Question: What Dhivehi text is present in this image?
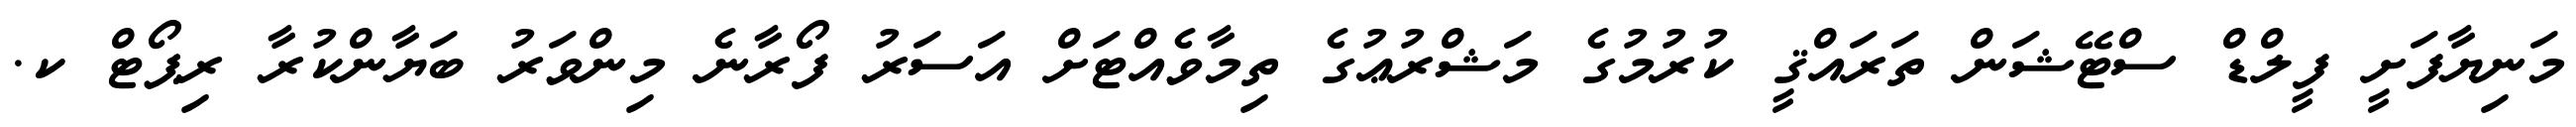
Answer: މަނިޔާފަށީ ފީލްޑް ސްޓޭޝަން ތަރައްޤީ ކުރުމުގެ މަޝްރުޢުގެ ތިމާވެއްޓަށް އަސަރު ފޯރާނެ މިންވަރު ބަޔާންކުރާ ރިޕޯޓް ކ.